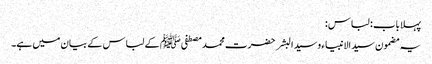
پہلا باب : لباس :
یہ مضمون سید الانبیاء وسید البشر حضرت محمد مصطفی ﷺ کے لباس کے بیان میں ہے۔